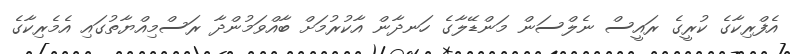
އެފްރިކާގެ ކުރީގެ ރައީސް ނެލްސަން މަންޑޭލާގެ ހަނދާން އާކުރުމަށް ބާއްވަމުންދާ ރަސްމިއްޔާތުގައި އެމެރިކާގެ